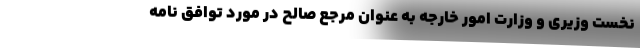
نخست وزیری و وزارت امور خارجه به عنوان مرجع صالح در مورد توافق نامه